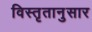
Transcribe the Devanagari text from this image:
विस्तृतानुसार